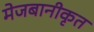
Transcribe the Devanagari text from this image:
मेजबानीकृत